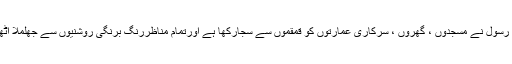
عاشقان رسول نے مسجدوں ، گھروں ، سرکاری عمارتوں کو قمقموں سے سجارکھا ہے اورتمام مناظررنگ برنگی روشنیوں سے جھلملا اٹھے ہیں۔